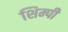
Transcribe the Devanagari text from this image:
शिम्पी